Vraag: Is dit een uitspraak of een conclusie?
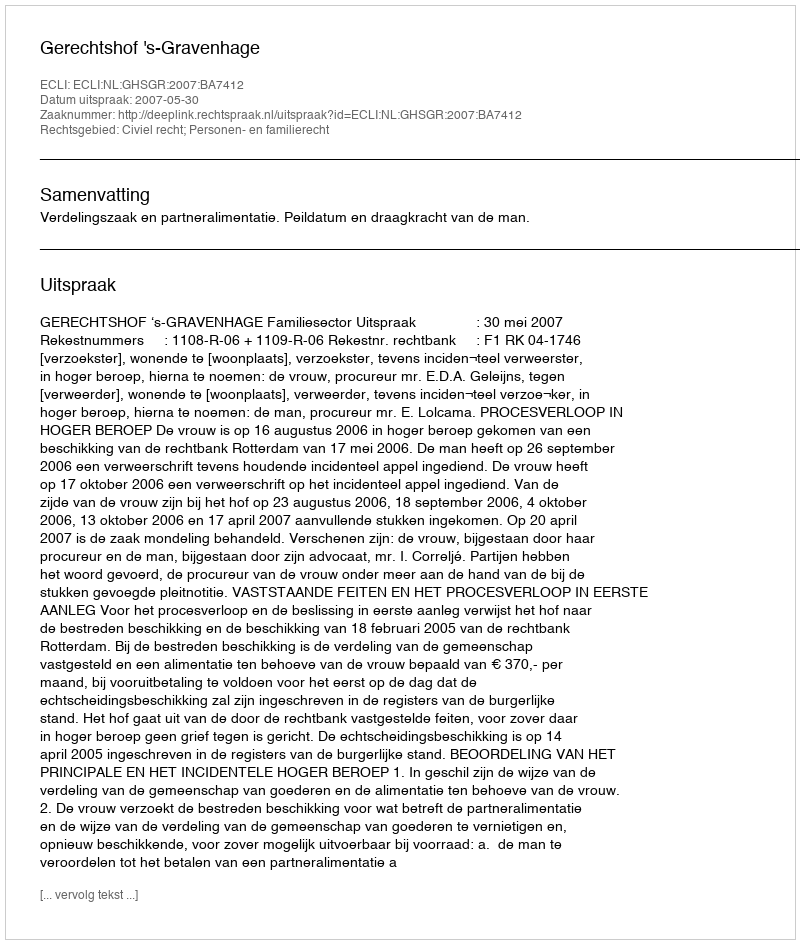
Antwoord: Uitspraak